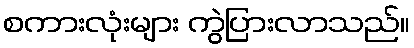
စကားလုံးများ ကွဲပြားလာသည်။